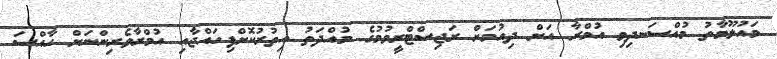
މައުލޫމާތު މުއްސަނދިވި އުމްރާ އަށް ދިއުމަށް ރަޖިސްޓްރީވުމުގެ މުއްދަތު އިތުރުކޮށްފިހައްޖާއި އުމްރާވެރިންނަށް ހާއްސަ